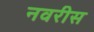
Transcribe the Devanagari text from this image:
नवरीस